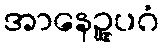
အာနေဉ္ဇူပဂံ